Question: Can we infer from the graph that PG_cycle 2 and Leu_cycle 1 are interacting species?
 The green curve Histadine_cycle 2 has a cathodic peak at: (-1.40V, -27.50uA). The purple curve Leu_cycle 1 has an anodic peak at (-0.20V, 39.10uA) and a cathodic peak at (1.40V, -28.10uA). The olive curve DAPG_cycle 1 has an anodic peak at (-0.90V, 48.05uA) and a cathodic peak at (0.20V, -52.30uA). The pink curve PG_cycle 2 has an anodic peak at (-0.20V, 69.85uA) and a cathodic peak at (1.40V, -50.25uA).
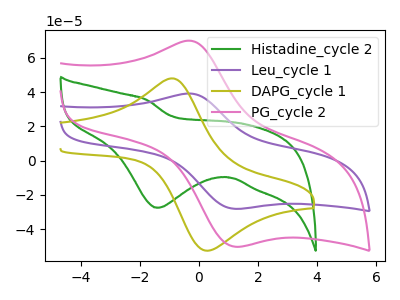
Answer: <think>All the peaks in "PG_cycle 2" have a peak in "Leu_cycle 1" at the same potential. Every peak in "PG_cycle 2" is higher than every peak in "Leu_cycle 1".
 </think>
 <answer>No, "PG_cycle 2" and "Leu_cycle 1" don't appear to be significantly different in shape</answer>
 <eval>no_change</eval>